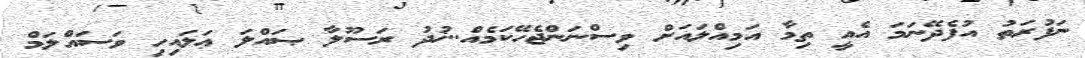
ނަފުރަތު އުފެދޭނަމަ އެއީ ތިމާ އަމިއްލައަށް ވިސްނަންޖެހޭކަމެއް..ޚުދު ރަސޫލާ ޞައްލަ ޢަލައިހި ވަސައްލަމް